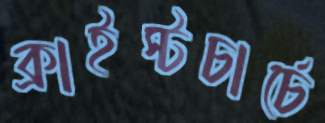
ক্রাইস্টচার্চে